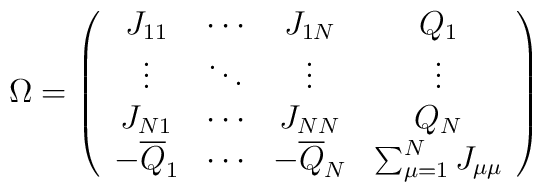
\Omega= \left(\begin{array}{cccc}J_{11} & \cdots & J_{1N} & Q_1 \\\vdots & \ddots & \vdots & \vdots \\J_{N1} & \cdots & J_{NN} & Q_N  \\-{\overline{Q}}_1 & \cdots & -{\overline{Q}}_N &  \sum_{\mu=1}^{N} J_{\mu\mu} \end{array} \right)